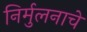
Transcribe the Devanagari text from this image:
निर्मुलनाचे